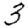
Digit: 3